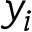
y _ { i }